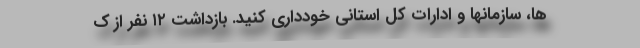
ها، سازمانها و ادارات کل استانی خودداری کنید. بازداشت ۱۲ نفر از ک